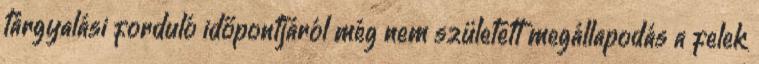
tárgyalási forduló időpontjáról még nem született megállapodás a felek